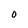
Character: O